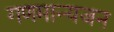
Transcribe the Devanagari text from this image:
गणमान्यजन